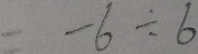
= - 6 \div 6